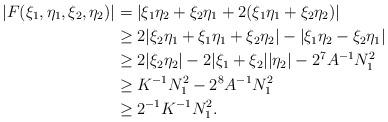
LaTeX: \begin{align*}|F(\xi_1,\eta_1,\xi_2,\eta_2)| & =|\xi_1 \eta_2+ \xi_2 \eta_1 + 2(\xi_1 \eta_1 + \xi_2 \eta_2)|\\& \geq 2| \xi_2 \eta_1 + \xi_1 \eta_1 + \xi_2 \eta_2| - |\xi_1 \eta_2- \xi_2 \eta_1| \\& \geq 2|\xi_2 \eta_2| - 2|\xi_1 + \xi_2| |\eta_2| - 2^7 A^{-1} N_1^2 \\& \geq K^{-1} N_1^2 -2^8 A^{-1} N_1^2 \\& \geq 2^{-1}K^{-1} N_1^2.\end{align*}